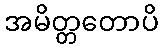
အမိတ္တတောပိ